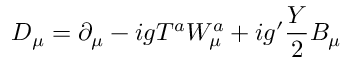
D _ { \mu } = \partial _ { \mu } - i g T ^ { a } W _ { \mu } ^ { a } + i g ^ { \prime } \frac { Y } { 2 } B _ { \mu }